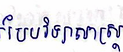
បែបវិទ្យាសាស្ត្រ